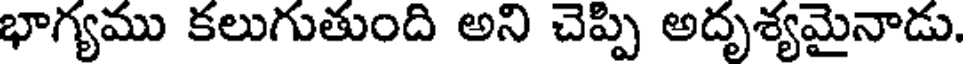
భాగ్యము కలుగుతుంది అని చెప్పి అదృశ్యమైనాడు.